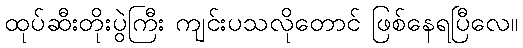
ထုပ်ဆီးတိုးပွဲကြီး ကျင်းပသလိုတောင် ဖြစ်နေရပြီလေ။